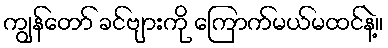
ကျွန်တော် ခင်ဗျားကို ကြောက်မယ်မထင်နဲ့။